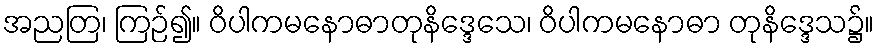
အညတြ၊ ကြဉ်၍။ ဝိပါကမနောဓာတုနိဒ္ဒေသေ၊ ဝိပါကမနောဓာ တုနိဒ္ဒေသ၌။